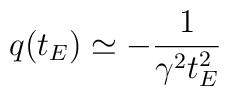
q(t_E) \simeq -\frac{1}{\gamma^2 t_E^2}